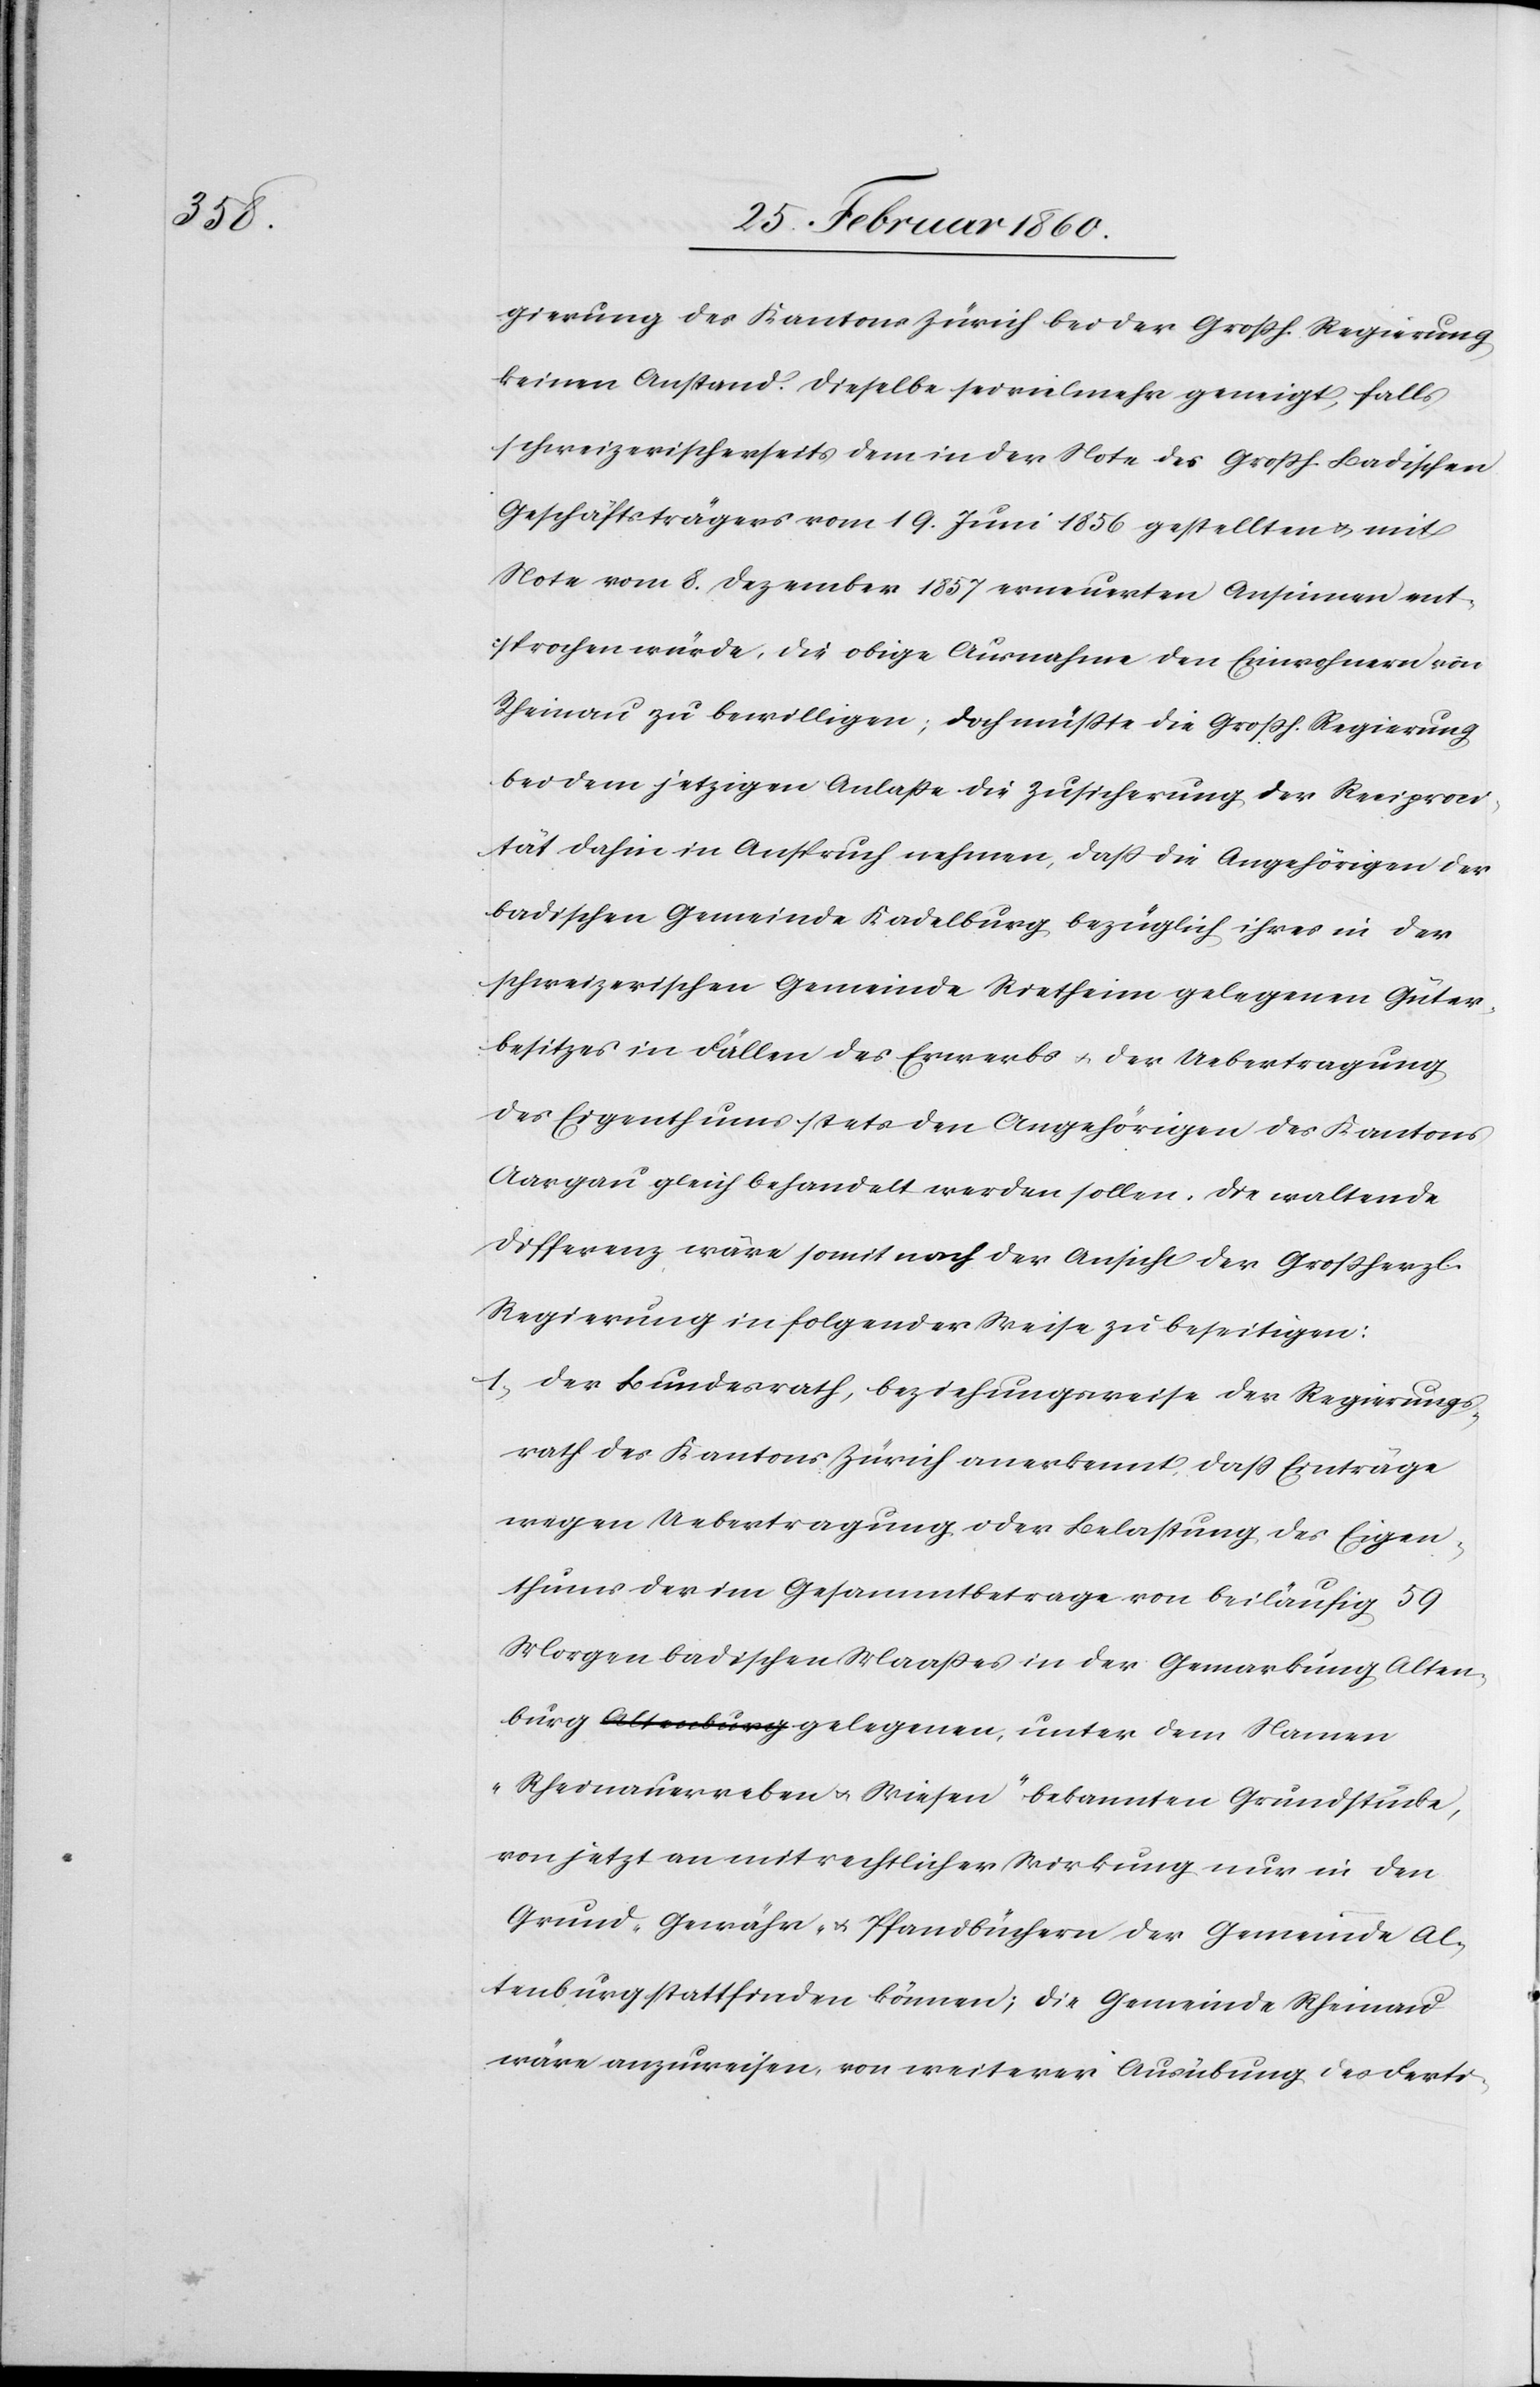
gierung des Kantons Zürich bei der Grossh. Regierung
keinen Anstand. Dieselbe sei vielmehr geneigt, falls
schweizerischerseits dem in der Note des Grossh. Badischen
Geschäftsträgers vom 19. Juni 1856 gestellten u. mit
Note vom 8. Dezember 1857 erneuerten Ansinnen ent¬
sprochen würde, die obige Ausnahme den Einwohnern von
Rheinau zu bewilligen, doch müsste die Grossh. Regierung
bei dem jetzigen Anlasse die Zusicherung der Reciproci¬
tät dahin in Anspruch nehmen, dass die Angehörigen der
badischen Gemeinde Kadelburg, bezüglich ihres in der
schweizerischen Gemeinde Rietheim gelegenen Güter¬
besitzes in Fällen des Erwerbs u. der Uebertragung
des Eigenthums stets den Angehörigen des Kantons
Aargau gleich behandelt werden sollen, die waltende
Differenz wäre somit nach der Ansicht der Grossherzl.
Regierung in folgender Weise zu beseitigen:
1. Der Bundesrath, beziehungsweise der Regierungs¬
rath des Kantons Zürich anerkennt, dass Einträge
wegen Uebertragung oder Belastung des Eigen¬
thums der im Gesammtbetrage von beiläufig 59
Morgen badischen Maasses in der Gemarkung Alten¬
burg gelegenen, unter dem Namen
„Rheinauerreben u. Wiesen“ bekannten Grundstücke,
von jetzt an mit rechtlicher Wirkung nur in den
Grund- Gewähr- u. Pfandbüchern der Gemeinde Al¬
tenburg stattfinden können; die Gemeinde Rheinau
wäre anzuweisen, von weiterer Ausübung des Ferti-